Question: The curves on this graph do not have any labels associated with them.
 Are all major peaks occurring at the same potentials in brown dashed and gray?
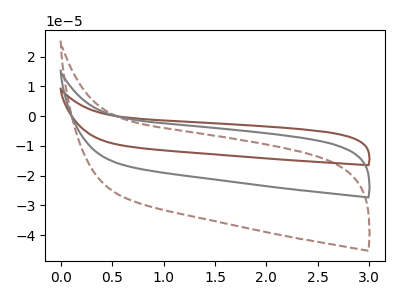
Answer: <think>The brown curve "brown" has no peaks. The brown dashed curve "brown dashed" has no peaks. The gray curve "gray" has no peaks.</think>
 <answer>Niether CV has any peaks.</answer>
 <eval>blanks</eval>